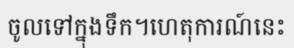
ចូលទៅក្នុងទឹក។ហេតុការណ៍នេះ